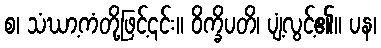
စ၊ သံဃာ့ကံတို့ဖြင့်၎င်း။ ဝိက္ခိပတိ၊ ပျံ့လွင့်၏။ ပန၊